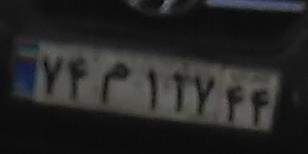
۷۴م۱۱۷۴۴